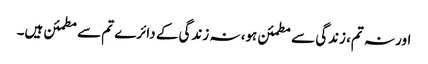
اور نہ تم، زندگی سے مطمئن ہو، نہ زندگی کے دائرے تم سے مطمئن ہیں۔